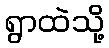
ရွာထဲသို့